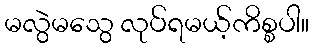
မလွဲမသွေ လုပ်ရမယ့်ကိစ္စပါ။